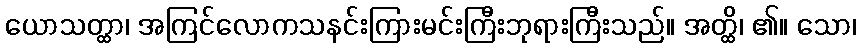
ယောသတ္ထာ၊ အကြင်လောကသနင်းကြားမင်းကြီးဘုရားကြီးသည်။ အတ္ထိ၊ ၏။ သော၊